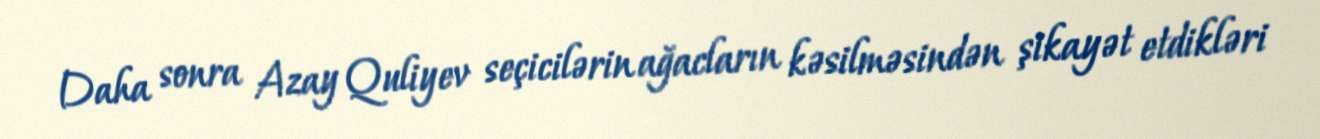
Daha sonra Azay Quliyev seçicilərin ağacların kəsilməsindən şikayət etdikləri